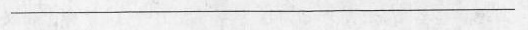
___